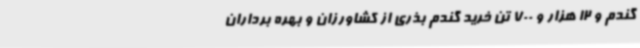
گندم و 12 هزار و 700 تن خرید گندم بذری از کشاورزان و بهره برداران